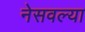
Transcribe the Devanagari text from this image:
नेसवल्या